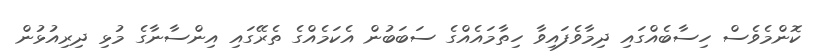
ކޮންމެވެސް ހިސާބެއްގައި ދިމާވެފައިވާ ހިތާމައެއްގެ ސަބަބުން އެކަމެއްގެ ތެރޭގައި އިންސާނާގެ މުޅި ދިރިއުޅުން